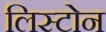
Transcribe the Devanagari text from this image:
लिस्टोन